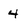
Character: 4